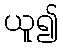
ယူ၍